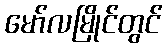
မော်လမြိုင်တွင်